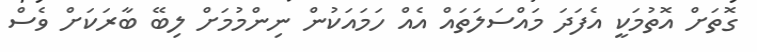
ގޮތަށް އޮތުމަކީ އެފަދަ މައްސަލަތައް އެއް ހަމައަކުން ނިންމުމަށް ލިބޭ ބާރަކަށް ވެސް